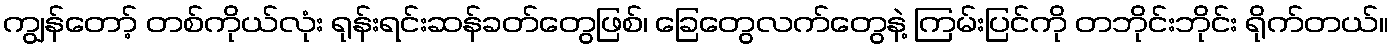
ကျွန်တော့် တစ်ကိုယ်လုံး ရုန်းရင်းဆန်ခတ်တွေဖြစ်၊ ခြေတွေလက်တွေနဲ့ ကြမ်းပြင်ကို တဘိုင်းဘိုင်း ရိုက်တယ်။